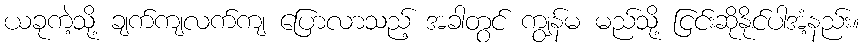
ယခုကဲ့သို့ ချက်ကျလက်ကျ ပြောလာသည့် အခါတွင် ကျွန်မ မည်သို့ ငြင်းဆိုနိုင်ပါအံ့နည်း။